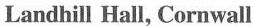
Landhill Hall, Cornwall